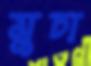
মুচা